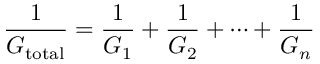
{ \frac { 1 } { G _ { \mathrm { t o t a l } } } } = { \frac { 1 } { G _ { 1 } } } + { \frac { 1 } { G _ { 2 } } } + \cdots + { \frac { 1 } { G _ { n } } }